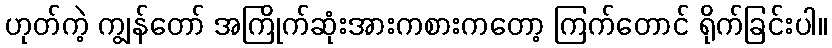
ဟုတ်ကဲ့ ကျွန်တော် အကြိုက်ဆုံးအားကစားကတော့ ကြက်တောင် ရိုက်ခြင်းပါ။